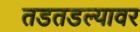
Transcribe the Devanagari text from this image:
तडतडल्यावर